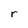
Character: r